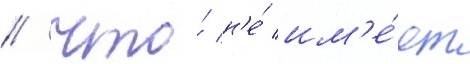
/ что́ н'е́ им'е́ет